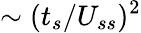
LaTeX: \sim(t_{s}/U_{ss})^{2}